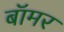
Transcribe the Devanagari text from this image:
बॉमर